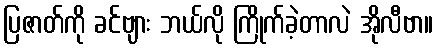
ပြဇာတ်ကို ခင်ဗျား ဘယ်လို ကြိုက်ခဲ့တာလဲ အိုလီဗာ။